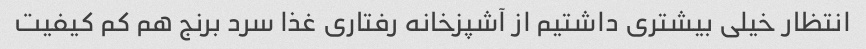
انتظار خیلی بیشتری داشتیم از آشپزخانه رفتاری غذا سرد برنج هم کم کیفیت